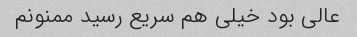
عالی بود خیلی هم سریع رسید ممنونم